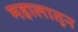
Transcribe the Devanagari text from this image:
महालातून